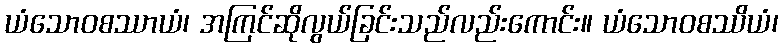
ယံသောဝစဿာယံ၊ အကြင်ဆိုလွယ်ခြင်းသည်လည်းကောင်း။ ယံသောဝစဿိယံ၊